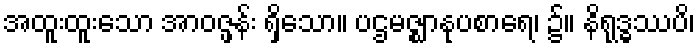
အထူးထူးသော အာဝဇ္ဖန်း ရှိသော။ ပဌမဇ္ဈာနုပစာရေ၊ ၌။ နိရုဒ္ဓဿပိ၊